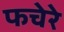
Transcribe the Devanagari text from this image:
फचेरे